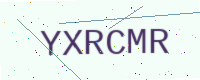
Text: YXRCMR